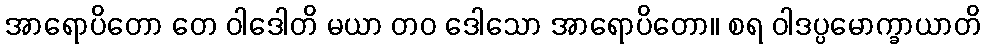
အာရောပိတော တေ ဝါဒေါတိ မယာ တဝ ဒေါသော အာရောပိတော။ စရ ဝါဒပ္ပမောက္ခာယာတိ